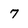
Character: 7